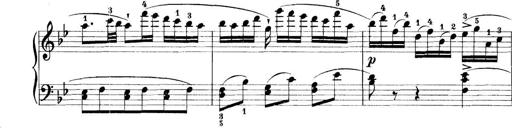
Title: 11 Sonatinas
Composer: Anton Diabelli